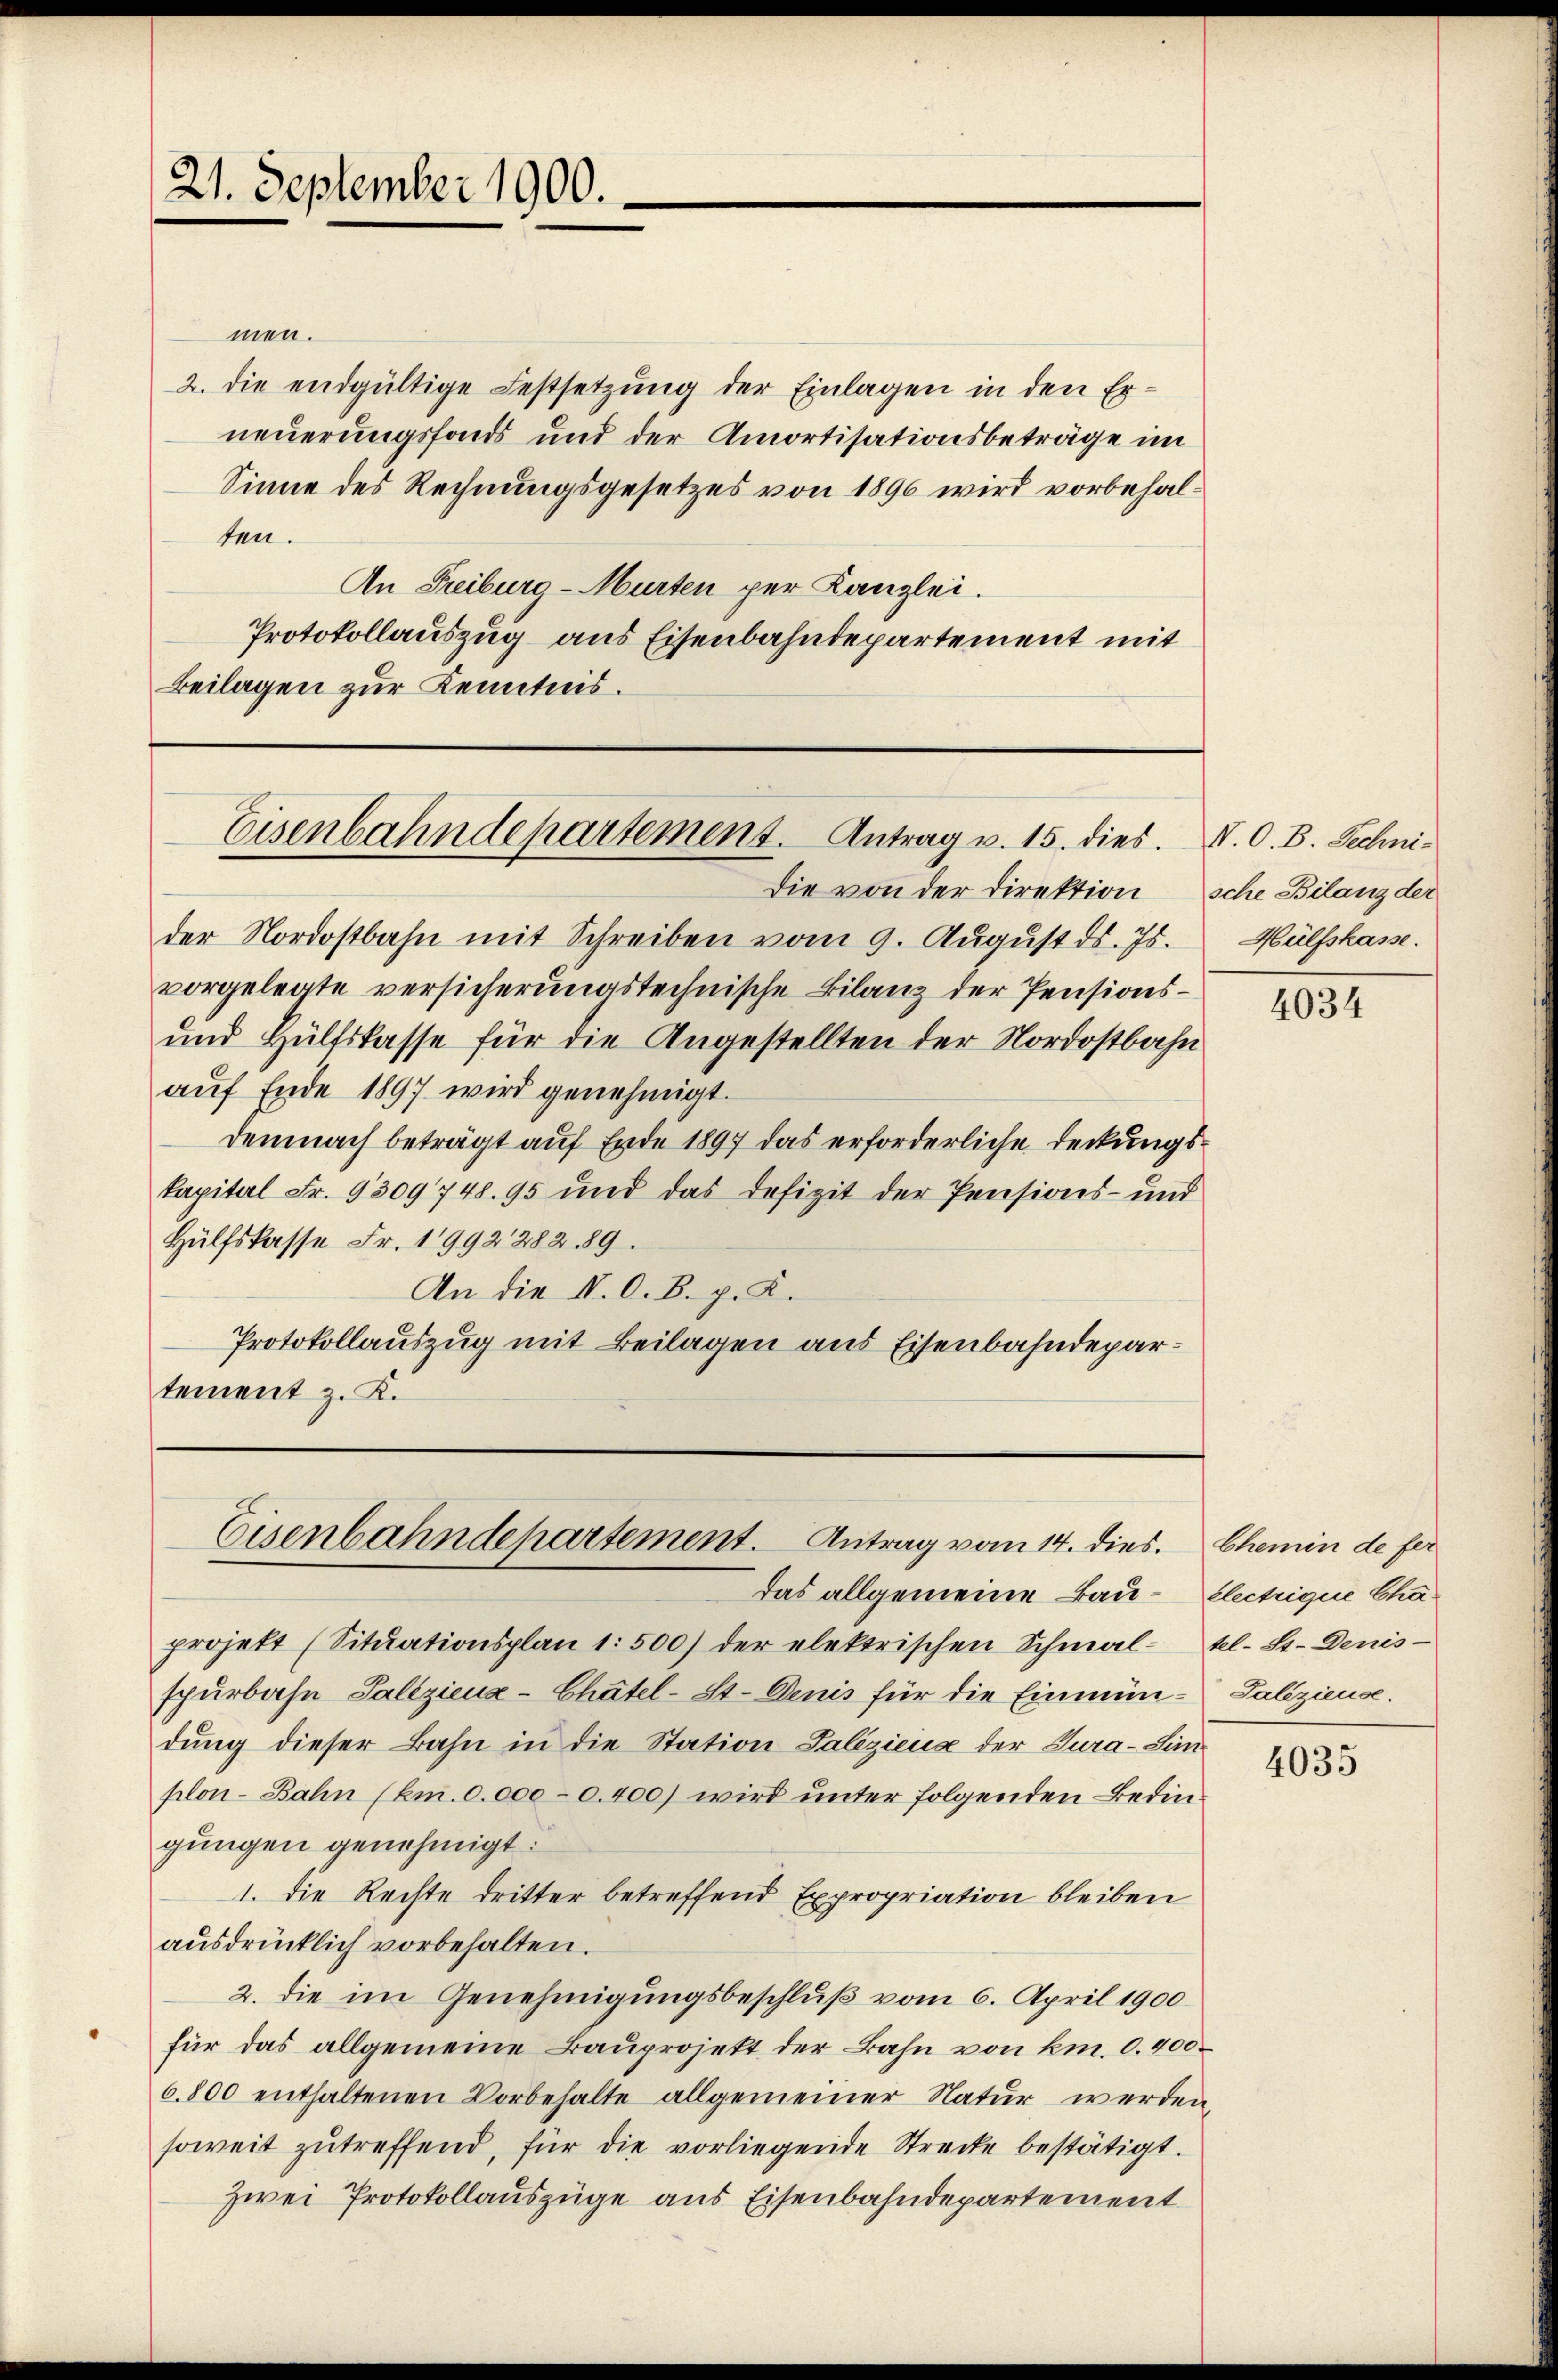
21. September 1900.

men.
2. die endgültige Festsetzung der Einlagen in den Erneuerungsfonds und der Amortisationsbeträge im
Sinne des Rechnungsgesetzes von 1896 wird vorbehalten.
An Freiburg-Murten per Kanzlei.
Protokollauszug aus Eisenbahndepartement mit
Beilagen zur Kenntnis.

Eisenbahndepartement. Antrag v. 15. dies. N. O. B. Techni¬

der Nordostbahn mit Schreiben vom 9. August ds. Js.
vorgelegte versicherungstechnische Bilanz der Pensions¬
und Hülfskasse für die Angestellten der Nordostbahn
aŭf Ende 1897 wird genehmigt.
demnach beträgt auf Ende 1897 das erforderliche Deckungskapital Fr. 9309748. 95 und das defizit der Pensions- und
Hülfskasse Fr. 1992282. 89.
An die N. O. B. p. K.
Protokollauszug mit Beilagen aus Eisenbahndepartement z. B.

Eisenbahndepartement. Antrag vom 14. dies.

das allgemeine Bau- Electrique Chaprojekt (Sitŭationsplan 1. 500) der elektrischen Schmal- tl. St. Denis
spürbahn Galiziena-Chätel-St. Denis für die Einmün-Galizieuse.
dung dieser Bahn in die Station Saliziens der Tura-Simplon-Bahn (km. 0.0000. 400) wird unter folgenden Bedingungen genehmigt:
1. die Rechte dritter betreffend Expropriation bleiben
ausdrücklich vorbehalten.
2. die im Genehmigungsbeschluß vom 6. April 1900
für das allgemeine Bauprojekt der Bahn von km. 0. 400
6.800 enthaltenen Vorbehalte allgemeiner Natŭr werden
soweit zŭ treffend, für die vorliegende Strecke bestätigt.
Zwei Protokollauszüge aus Eisenbahndepartement

Die von der Direktion sche Bilanz der

Hülfskasse.

4034

Chemin de fer

4035